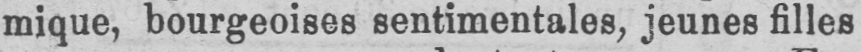
mique, bourgeoises sentimentales, jeunes filles